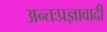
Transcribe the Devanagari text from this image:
अन्तःप्रज्ञावादी